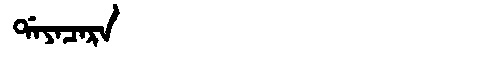
Manchu: ᡩᠠᠶᠠᠴᠠᡵᠠ
Romanization: DAYACARA